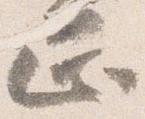
正